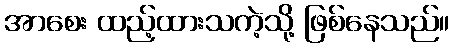
အာစေး ထည့်ထားသကဲ့သို့ ဖြစ်နေသည်။